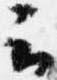
云